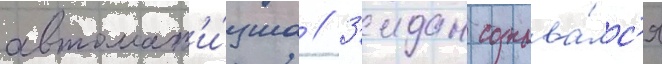
автомат'и́зма // З'идан сознава́лс'я